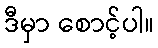
ဒီမှာ စောင့်ပါ။